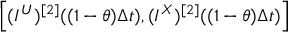
\left[ ( I ^ { U } ) ^ { [ 2 ] } ( ( 1 - \theta ) \Delta t ) , ( I ^ { X } ) ^ { [ 2 ] } ( ( 1 - \theta ) \Delta t ) \right]